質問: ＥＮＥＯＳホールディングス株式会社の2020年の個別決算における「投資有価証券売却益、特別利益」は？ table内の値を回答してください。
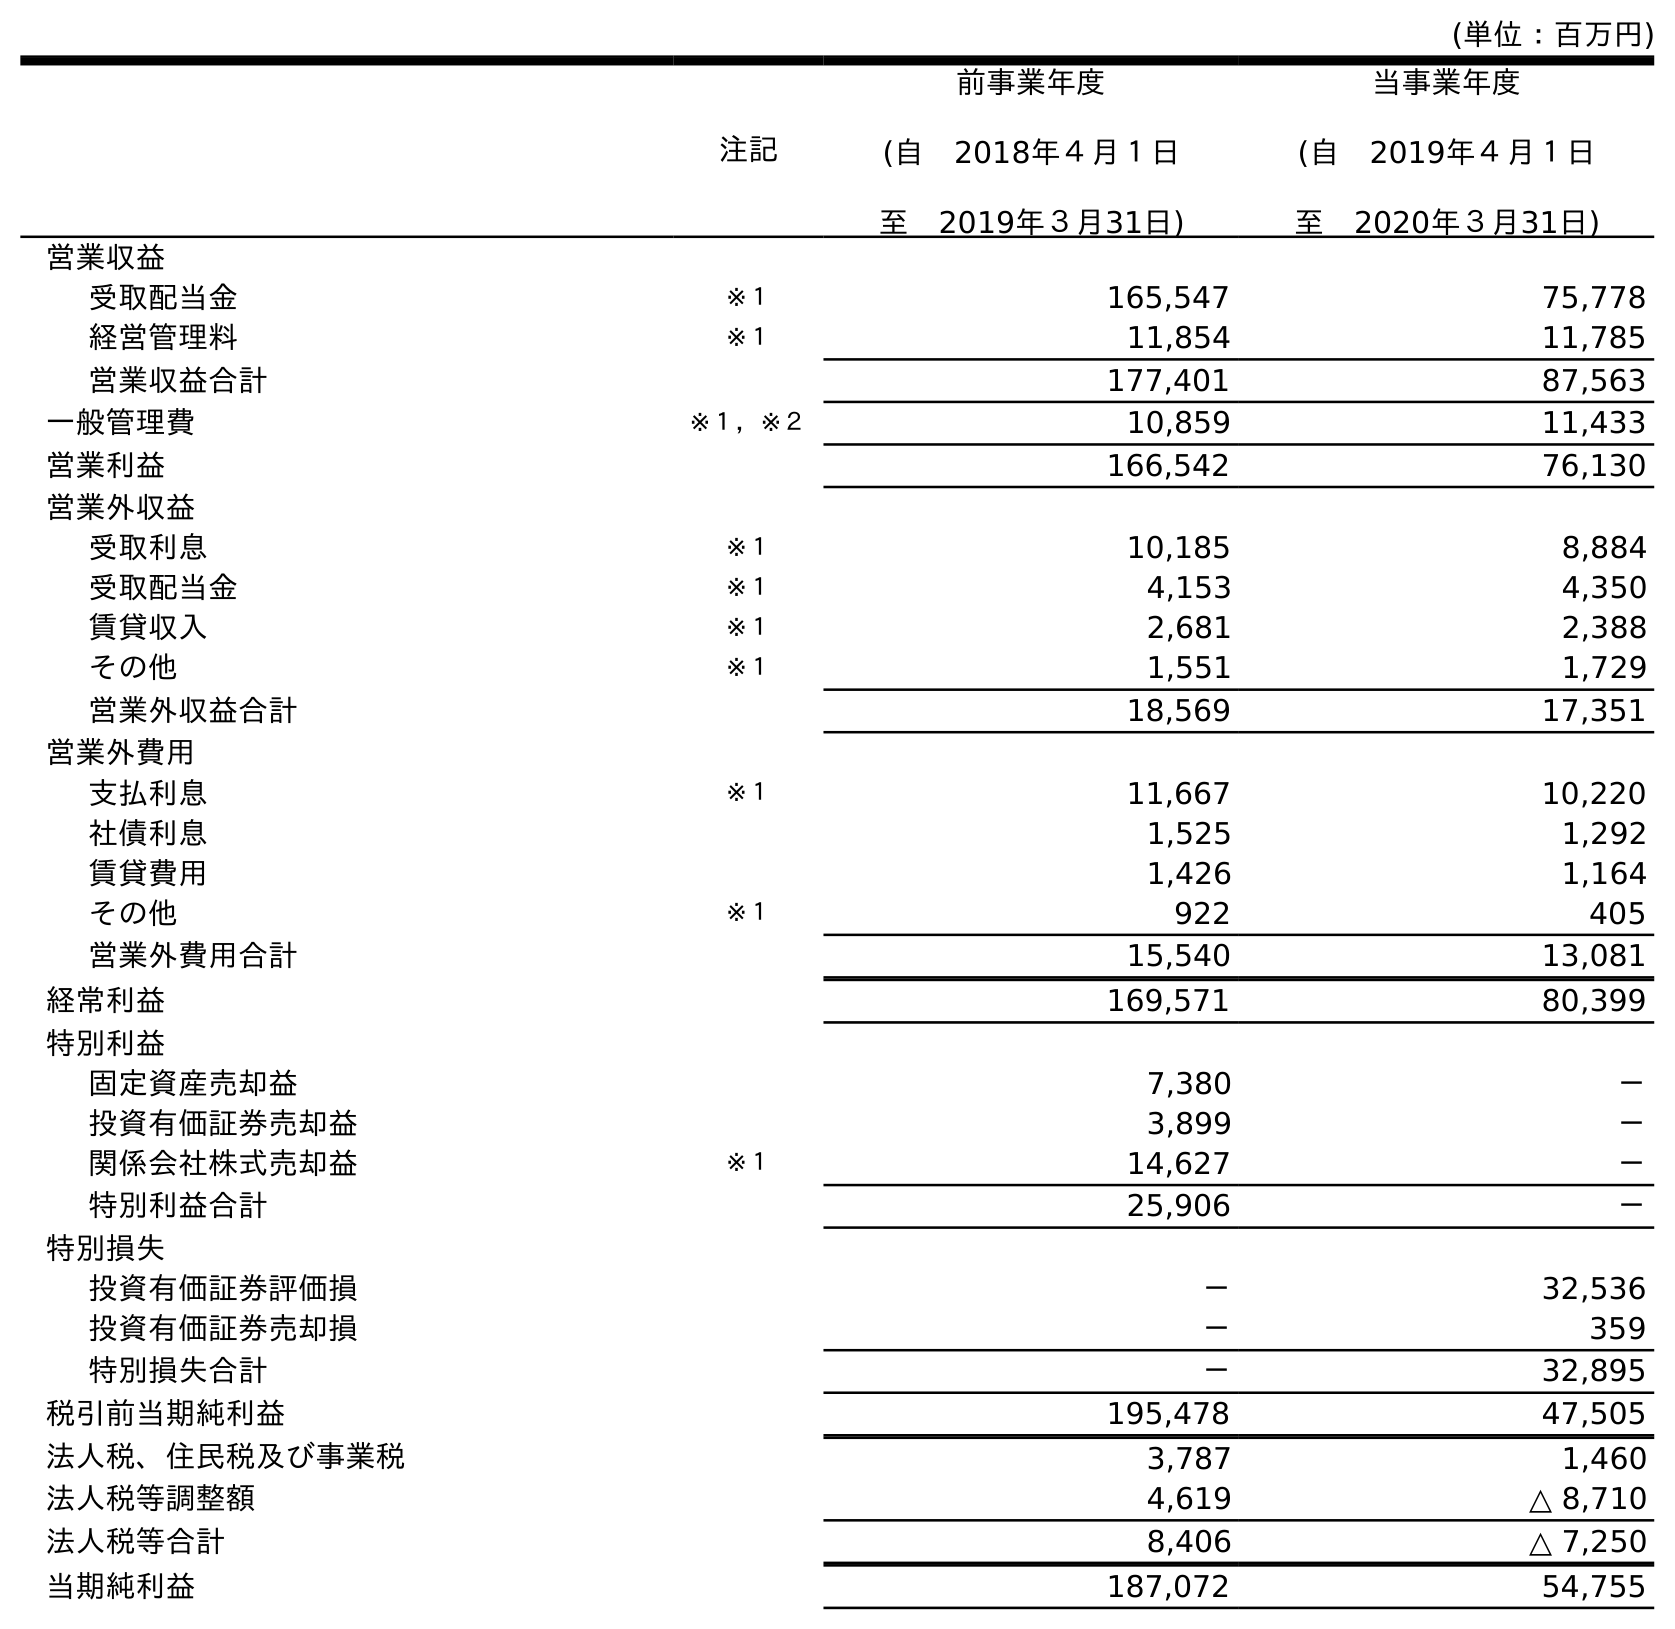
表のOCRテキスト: (単位：百万円) 注記 前事業年度 (自 2018年４月１日 至 2019年３月31日) 当事業年度 (自 2019年４月１日 至 2020年３月31日) 営業収益 受取配当金 ※１ 165,547 75,778 経営管理料 ※１ 11,854 11,785 営業収益合計 177,401 87,563 一般管理費 ※１，※２ 10,859 11,433 営業利益 166,542 76,130 営業外収益 受取利息 ※１ 10,185 8,884 受取配当金 ※１ 4,153 4,350 賃貸収入 ※１ 2,681 2,388 その他 ※１ 1,551 1,729 営業外収益合計 18,569 17,351 営業外費用 支払利息 ※１ 11,667 10,220 社債利息 1,525 1,292 賃貸費用 1,426 1,164 その他 ※１ 922 405 営業外費用合計 15,540 13,081 経常利益 169,571 80,399 特別利益 固定資産売却益 7,380 － 投資有価証券売却益 3,899 － 関係会社株式売却益 ※１ 14,627 － 特別利益合計 25,906 － 特別損失 投資有価証券評価損 － 32,536 投資有価証券売却損 － 359 特別損失合計 － 32,895 税引前当期純利益 195,478 47,505 法人税、住民税及び事業税 3,787 1,460 法人税等調整額 4,619 △ 8,710 法人税等合計 8,406 △ 7,250 当期純利益 187,072 54,755
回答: －